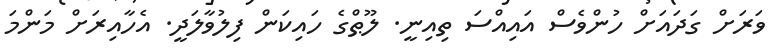
ވަރަށް ގަދައަށް ހުންވެސް އައިއްސަ ތިއިނީ. ލޫޠްގެ ހައިކަން ފިލުވާލަދީ. އެހާއިރަށް މަންމަ